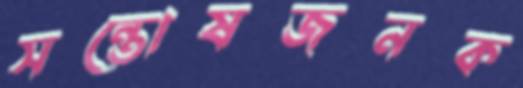
সন্তোষজনক